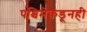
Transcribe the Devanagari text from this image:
पश्चिमेकडूनही